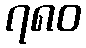
၇၈၀